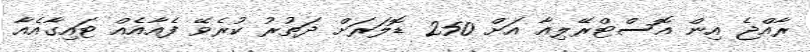
ރާއްޖެ އިން އޮސްޓްރޭލިއާ އަށް 250 ޑޮލަރަށް ދަތުރު ކުރެވޭ ފެއާއެއް ޓައިގާއެއާ